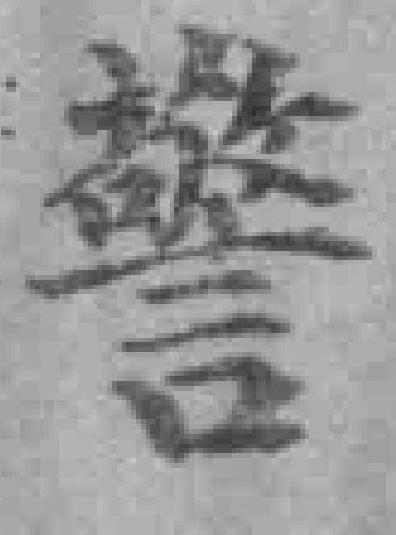
警